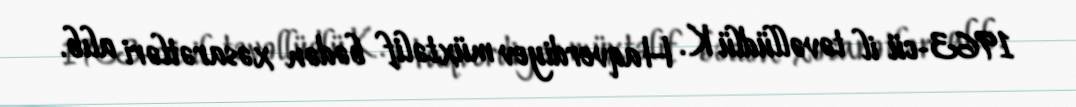
1963-cü il təvəllüdlü K. Haqverdiyev müxtəlif bədən xəsarətləri alıb.